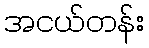
အငယ်တန်း